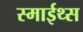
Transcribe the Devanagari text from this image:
स्माईथ्स